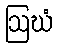
ဩဃံ